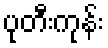
ပုတီးကုန်း